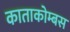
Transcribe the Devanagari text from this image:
काताकोम्बस